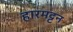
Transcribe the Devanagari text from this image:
हारमट्टन